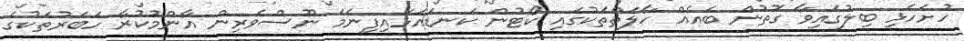
ހުށަހެޅި ބިލުގައިވާ ގޮތުން ބައެއް ހާލަތްތަކުގައި ކޯޓުން ކަނޑައަޅައިފިނަމަ ނޫސްވެރިން އާންމުކުރާ ހަބަރުތަކުގެ